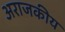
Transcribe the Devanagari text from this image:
अराजकीय